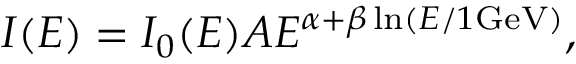
I ( E ) = I _ { 0 } ( E ) A E ^ { \alpha + \beta \ln ( E / 1 \mathrm { G e V } ) } ,